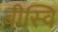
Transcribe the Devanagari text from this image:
बीस्वि